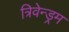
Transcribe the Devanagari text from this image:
त्रिवेन्ड्रम